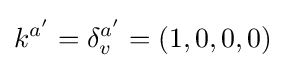
k^{a'}=\delta _{v}^{a'}=(1,0,0,0)